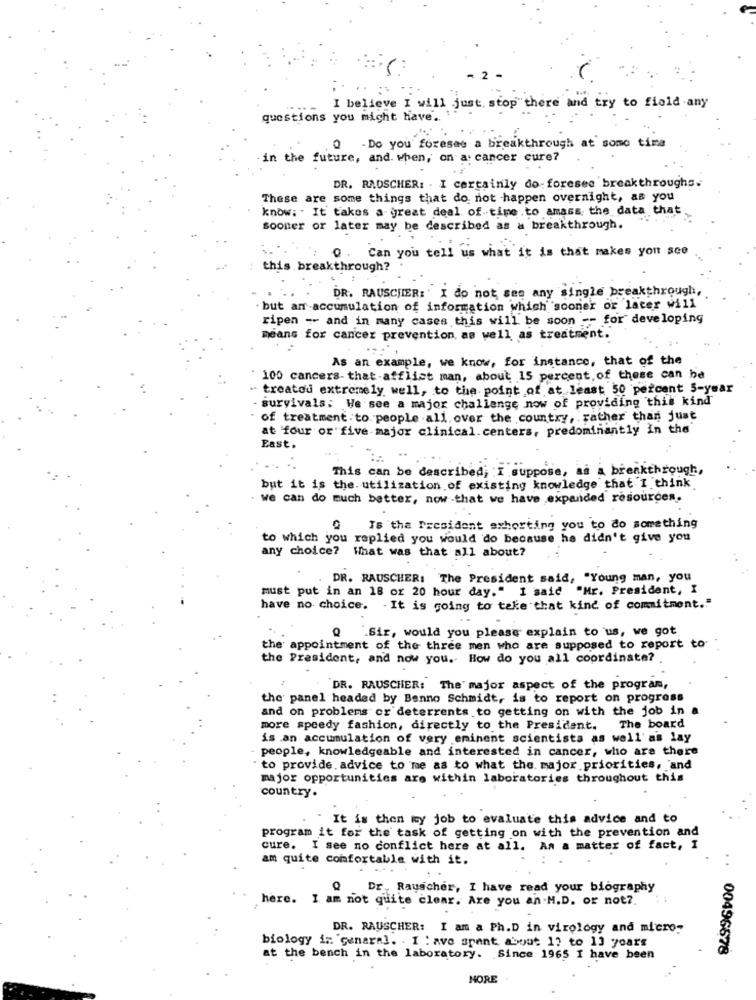
- 2
.. :
I believe I will just stop there and try to fiold any
questions you might have ..
Q - Do you foresas a breakthrough at some time
in the future, and. when, on a cancer cure?
DR. RADSCHER: . I certainly do-foresee breakthroughs.
These are some things that do not happen overnight, as you
know: . It takes a great deal of time .to amass the data that
sooner or later may be described as a breakthrough.
0. Can you tell us what it is that makes you sco
this breakthrough?
DR. RAUSCHER: ' I do not see any single breakthrough,
. but an accumulation of information which "sooner or later will
ripen -- and in many cases this will be soon -- for developing
means for cancer prevention, as well as treatment.
As an example, we know, for instance, that of the
100 cancers- that-afflist man, about 15 percent, of these can be
treatou extremely well, to the. point of at least 50 percent 5-year
- survivals: We see a major challenge now of providing this kind
of treatment to people all over the country, rather than just
at four or five major clinical.centers, predominantly In the
East.
This can be described; : I suppose, as a breakthrough,
but it is the. utilization of existing knowledge that I think
. We can do much better, now -that we have expanded resources.
Is the President exhorting you to do something
to which you replied you would do because he didn't give you
any choice? What was that all about?
DR. RAUSCHER: The President said, "Young man, you
must put in an 18 or 20 hour day." I said "Mr. President, I
have no choice. . It is going to take that kind of commitment."
Q .Sir, would you please explain to us, we got
the appointment of the three men who are supposed to report to
the President, and now you. How do you all coordinate?
2
DR. RAUSCHER: The major aspect of the program,
the panel headed by Benno Schmidt, is to report on progress
and on problems or deterrents to getting on with the job in a
more speedy fashion, directly to the President. The board
is an accumulation of very eminent scientists as well'as lay
people, knowledgeable and interested in cancer, who are there
to provide advice to me as to what the major priorities, and
major opportunities are within laboratories throughout this
country.
""It is then my job to evaluate this advice and to
program it for the task of getting on with the prevention and
cure. I see no conflict here at all. Aa a matter of fact, I
am quite comfortable with it.
..
.... .
Dr. Rauscher, I have read your biography
here. I am not quite clear. Are you an -M.D. or not ?.
DR. RAUSCHER: I am a Ph.D in virology and micro-
biology in genaral. . I : ave spent about 17 to 13 years
00496678
at the bench in the laboratory. Since 1965 I have been
NORE